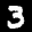
Label: 3